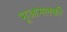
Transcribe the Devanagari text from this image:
भूआमलकी